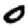
Digit: 0